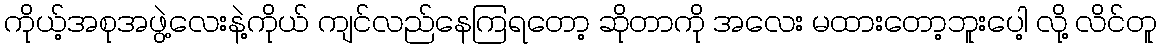
ကိုယ့်အစုအဖွဲ့လေးနဲ့ကိုယ် ကျင်လည်နေကြရတော့ ဆိုတာကို အလေး မထားတော့ဘူးပေါ့ လို့ လိင်တူ